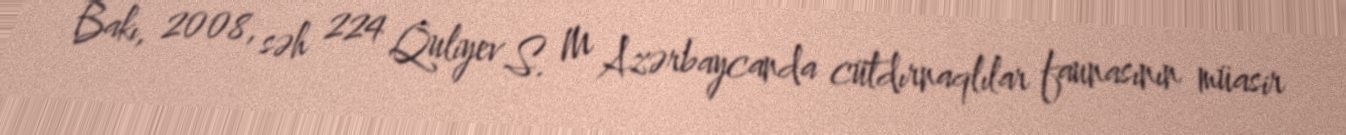
Bakı, 2008, səh 224 Quliyev S. M Azərbaycanda cütdırnaqlılar faunasının müasir